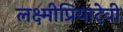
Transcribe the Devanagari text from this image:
लक्ष्मीप्रियादेवी